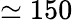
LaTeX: \simeq 150